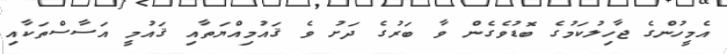
އެމީހުންގެ ޖާހިލުކަމުގެ ބޮޑުވެގެން ވާ ބަރުގެ ދަށު ވެ ޤައުމިއްޔަތާއި ޤައުމީ އަސާސްތަކާއި